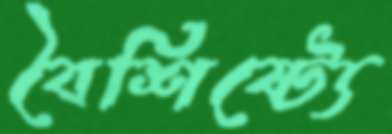
বৈশিষ্ট্যে